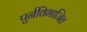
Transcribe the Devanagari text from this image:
पुर्नविभाजित